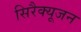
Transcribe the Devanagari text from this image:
सिरैक्यूजन